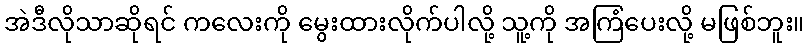
အဲဒီလိုသာဆိုရင် ကလေးကို မွေးထားလိုက်ပါလို့ သူ့ကို အကြံပေးလို့ မဖြစ်ဘူး။